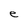
Character: e